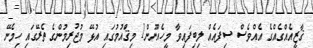
ޤާޒީއެއްގެއްގެ އެއްވެސް ސިފައެއް ލިބިފައިވާ މީހެއްނޫން1 މިޤަްއުމުގައި އުޅޭ މުޖުރިމުންގެ ތެރޭގައި ހިމެނޭ